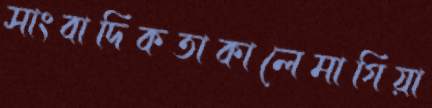
সাংবাদিকতাকালেমাগিয়া